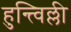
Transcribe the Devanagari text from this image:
हुन्त्विल्ली